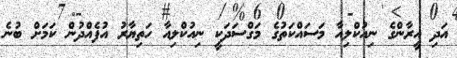
އަދި އީރާންގެ ނިއުކްލިއާ މަސައްކަތުގެ މަގްސަދަކީ ނިއުކްލިއާ ހަތިޔާރު އުފެއްދުން ކަމަށް ބުނެ